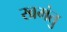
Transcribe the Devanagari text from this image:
खमंतु